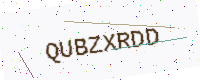
Text: QUBZXRDD